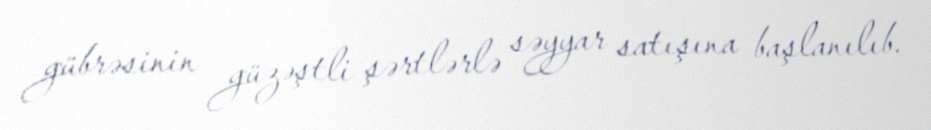
gübrəsinin güzəştli şərtlərlə səyyar satışına başlanılıb.